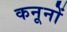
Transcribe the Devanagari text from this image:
कनूनों